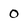
Character: 0